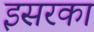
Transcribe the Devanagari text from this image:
इसरका